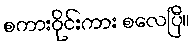
စကားဝိုင်းကား စလေပြီ။